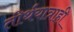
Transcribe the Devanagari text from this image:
तीर्थयात्राही